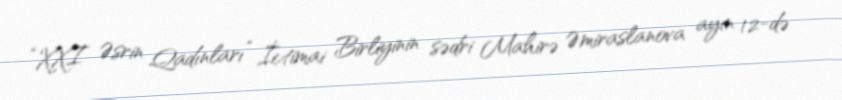
“XXI Əsrin Qadınları” İctimai Birliyinin sədri Mahirə Əmiraslanova ayın 12-də